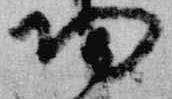
帰